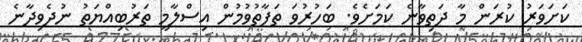
ކަށަވަރު ކުރަން މާ ދަތިވާނެ ކަމަށެވެ. ބަހުރުވަ ތަފާތުވުމުން އިސްލާމީ ތަރުބިއްޔަތު ނުދެވިދާނެ